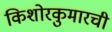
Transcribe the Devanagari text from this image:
किशोरकुमारची